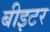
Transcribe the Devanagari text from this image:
बीइटर